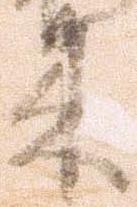
来